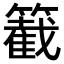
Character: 𥵞